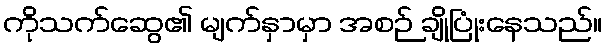
ကိုသက်ဆွေ၏ မျက်နှာမှာ အစဉ် ချိုပြုံးနေသည်။